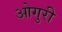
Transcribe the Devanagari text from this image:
ओगुरी